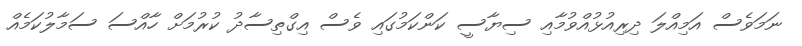
ނަމަވެސް އަމިއްލަ ދިރިއުޅުއްވުމާއި ސިޔާސީ ކަންކަމުގައި ވެސް އިގްތިސާދު ކުރުމަށް ހާއްސަ ސަމާލުކަމެއް